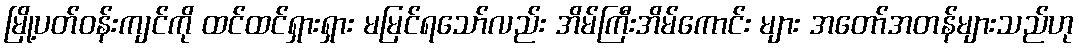
မြို့ပတ်ဝန်းကျင်ကို ထင်ထင်ရှားရှား မမြင်ရသော်လည်း အိမ်ကြီးအိမ်ကောင်း များ အတော်အတန်များသည်ဟု